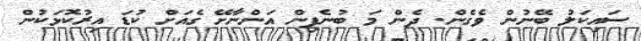
ސައިކަލު ބޭނުން ވެގެން. ދެން މަ ބުނެފިން އަންނާށޭ ގެއަށް ކުޑަ އިރުކޮޅަކުން